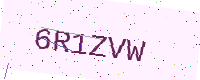
Text: 6R1ZVW